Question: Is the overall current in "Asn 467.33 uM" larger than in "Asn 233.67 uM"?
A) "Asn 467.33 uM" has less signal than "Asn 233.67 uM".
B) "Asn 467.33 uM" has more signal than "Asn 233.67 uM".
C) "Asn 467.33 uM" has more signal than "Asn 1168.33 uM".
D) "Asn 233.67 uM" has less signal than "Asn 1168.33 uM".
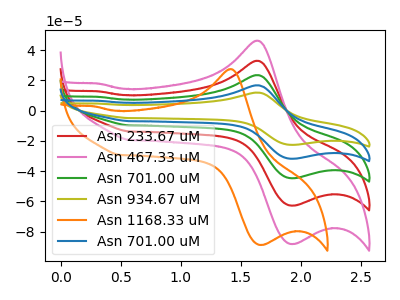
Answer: <think>The red curve "Asn 233.67 uM" has an anodic peak at (1.65V, 32.90uA) and a cathodic peak at (1.95V, -62.80uA). The pink curve "Asn 467.33 uM" has an anodic peak at (1.65V, 46.20uA) and a cathodic peak at (1.95V, -88.20uA). The green curve "Asn 701.00 uM" has an anodic peak at (1.65V, 65.80uA) and a cathodic peak at (1.95V, -125.65uA). The olive curve "Asn 934.67 uM" has an anodic peak at (1.65V, 131.60uA) and a cathodic peak at (1.95V, -251.30uA). The orange curve "Asn 1168.33 uM" has an anodic peak at (1.40V, 27.40uA) and a cathodic peak at (1.70V, -88.80uA). The blue curve "Asn 701.00 uM" has an anodic peak at (1.65V, 98.70uA) and a cathodic peak at (1.95V, -188.45uA).
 All the peaks in "Asn 467.33 uM" have a peak in "Asn 233.67 uM" at the same potential. Every peak in "Asn 467.33 uM" is higher than every peak in "Asn 233.67 uM".</think>
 <answer>B) "Asn 467.33 uM" has more signal than "Asn 233.67 uM".</answer>
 <eval>B</eval>